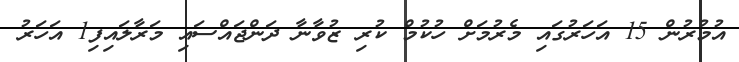
އުމުރުން 15 އަހަރުގައި މެރުމަށް ހުކުމް ކުރި ޒުވާނާ ދަންޖައްސައި މަރާލައިފި1 އަހަރު